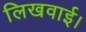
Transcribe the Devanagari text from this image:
लिखवाई।